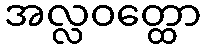
အလ္လဝတ္ထော